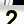
Digit: 2